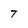
Character: T